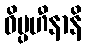
ဝိပ္ပဟီနာနိ